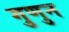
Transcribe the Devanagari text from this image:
गुणुन